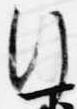
行